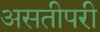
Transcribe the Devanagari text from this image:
असतीपरी